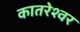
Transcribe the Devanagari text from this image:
कातरेश्वर